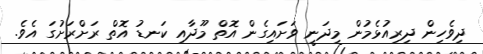
ދިވެހިން ދިރިއުޅެމުން މިދަނީ ވަށައިގެން އޮތް މޫދާއި ކަނޑު އޮތް ރަށްރަށުގަ އެވެ.